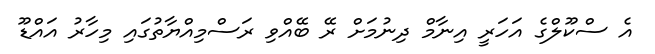
އެ ސްކޫލްގެ އަހަރީ އިނާމް ދިނުމަށް ރޭ ބޭއްވި ރަސްމިއްޔާތުގައި މިހާރު އައްޑޫ